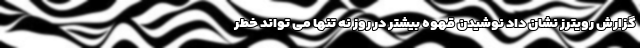
گزارش رویترز نشان داد نوشیدن قهوه بیشتر در روز نه تنها می تواند خطر